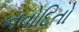
નવોદિતો